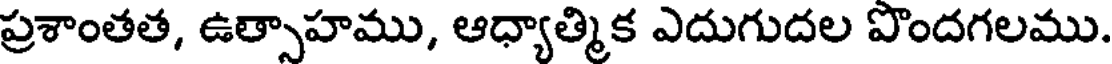
ప్రశాంతత, ఉత్సాహము, ఆధ్యాత్మిక ఎదుగుదల పొందగలము.